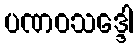
ပဏဝသဒ္ဒေါ